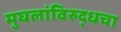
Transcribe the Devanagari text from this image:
मुघलांविरुद्धचा